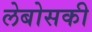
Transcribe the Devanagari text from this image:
लेबोसकी